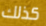
كذلك